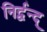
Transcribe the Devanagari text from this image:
निर्द्वन्द्